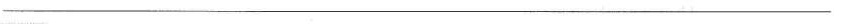
___